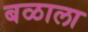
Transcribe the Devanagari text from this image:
बळाला